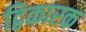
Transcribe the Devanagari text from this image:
द्विकारक